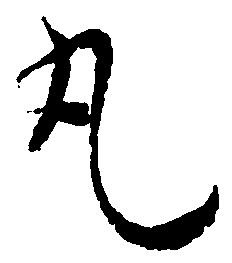
丸